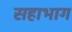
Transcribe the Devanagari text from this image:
सहाभाग